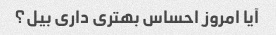
آیا امروز احساس بهتری داری بیل؟